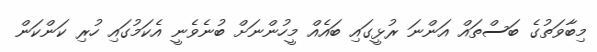
މިބާވަތުގެ ބަސްތައް އަންނަ ރުޅީގައި ބައެއް މީހުންނަށް ބުނެވެނީ އެކަމުގައި ހުރި ކަންކަން